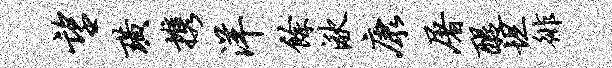
望璜携洋余湫康屠醍坦徘